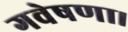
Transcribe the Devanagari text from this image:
गवेषणा।